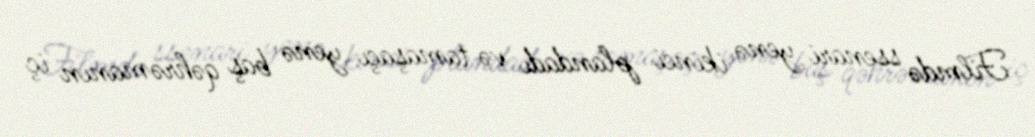
Filmdə ssenari yenə ikinci plandadı və tamaşaçı yenə baş qəhrəmanın iç